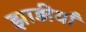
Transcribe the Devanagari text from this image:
झाड़ीयाँ